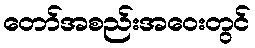
တော်အစည်းအဝေးတွင်